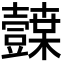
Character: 𭐛